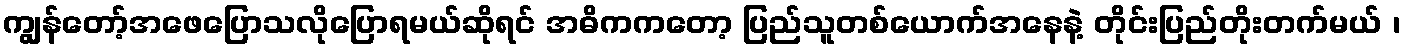
ကျွန်တော့်အဖေပြောသလိုပြောရမယ်ဆိုရင် အဓိကကတော့ ပြည်သူတစ်ယောက်အနေနဲ့ တိုင်းပြည်တိုးတက်မယ် ၊